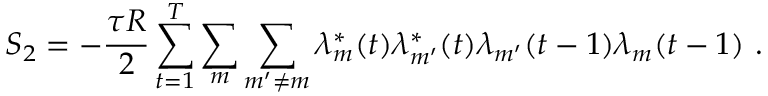
S _ { 2 } = - \frac { \tau R } { 2 } \sum _ { t = 1 } ^ { T } \sum _ { m } \sum _ { m ^ { \prime } \neq m } \lambda _ { m } ^ { * } ( t ) \lambda _ { m ^ { \prime } } ^ { * } ( t ) \lambda _ { m ^ { \prime } } ( t - 1 ) \lambda _ { m } ( t - 1 ) \ .